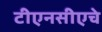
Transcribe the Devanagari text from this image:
टीएनसीएचे